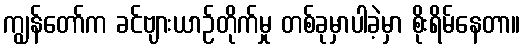
ကျွန်တော်က ခင်ဗျားယာဉ်တိုက်မှု တစ်ခုမှာပါခဲ့မှာ စိုးရိမ်နေတာ။